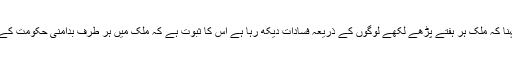
سپریم کورٹ کا یہ کہنا کہ ملک ہر ہفتے پڑھے لکھے لوگوں کے ذریعہ فسادات دیکھ رہا ہے اس کا ثبوت ہے کہ ملک میں ہر طرف بدامنی حکومت کے اشارہ پر ہورہی ہے۔